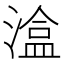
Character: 𭲃